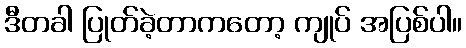
ဒီတခါ ပြုတ်ခဲ့တာကတော့ ကျုပ် အပြစ်ပါ။